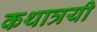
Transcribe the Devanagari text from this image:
कथात्रयी